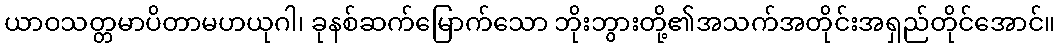
ယာဝသတ္တမာပိတာမဟယုဂါ၊ ခုနစ်ဆက်မြောက်သော ဘိုးဘွားတို့၏အသက်အတိုင်းအရှည်တိုင်အောင်။